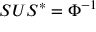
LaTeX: S U S ^ { * } = \Phi ^ { - 1 }